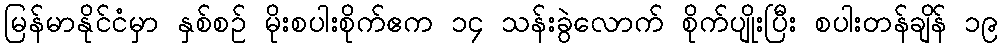
မြန်မာနိုင်ငံမှာ နှစ်စဉ် မိုးစပါးစိုက်ဧက ၁၄ သန်းခွဲလောက် စိုက်ပျိုးပြီး စပါးတန်ချိန် ၁၉